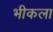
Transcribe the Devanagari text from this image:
भीकला